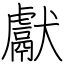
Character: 獻